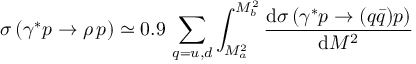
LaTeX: \sigma \left( \gamma ^ { * } p \to \rho \, p \right) \simeq 0 . 9 \, \sum _ { q = u , d } \int _ { M _ { a } ^ { 2 } } ^ { M _ { b } ^ { 2 } } \frac { \mathrm { d } \sigma \left( \gamma ^ { * } p \to ( q \bar { q } ) p \right) } { \mathrm { d } M ^ { 2 } }